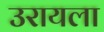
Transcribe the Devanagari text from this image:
उरायला